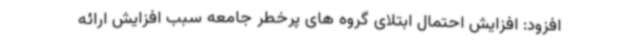
افزود: افزایش احتمال ابتلای گروه های پرخطر جامعه سبب افزایش ارائه